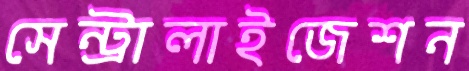
সেন্ট্রালাইজেশন